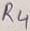
Text: R4